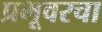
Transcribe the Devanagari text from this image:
प्रभूवरचा